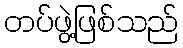
တပ်ဖွဲ့ဖြစ်သည်